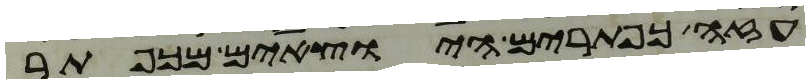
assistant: עזה כפתרים היוצאים מכפתר